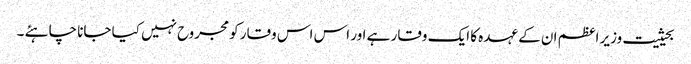
بحیثیت وزیر اعظم ان کے عہدہ کا ایک وقار ہے اور اس اس وقار کو مجروح نہیں کیا جانا چاہئے ۔